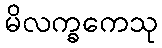
မိလက္ခကေသု